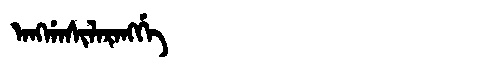
Manchu: ᠠᠩᡤᠠᠰᡳᠯᠠᡵᠠᠩᡤᡝ
Romanization: ANGGASILARANGGE